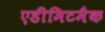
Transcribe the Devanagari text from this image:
एडीमिटमैक